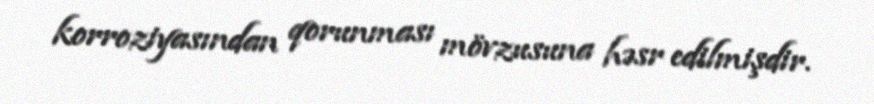
korroziyasından qorunması mövzusuna həsr edilmişdir.